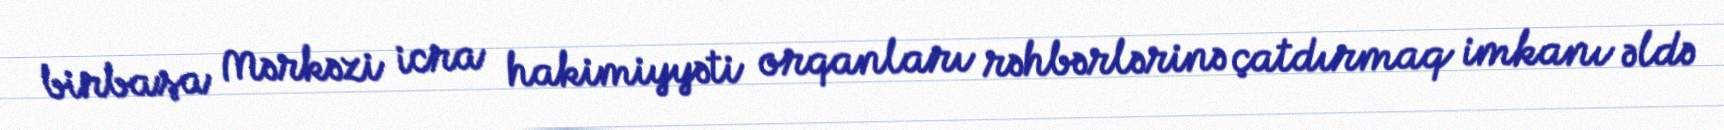
birbaşa Mərkəzi icra hakimiyyəti orqanları rəhbərlərinə çatdırmaq imkanı əldə